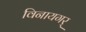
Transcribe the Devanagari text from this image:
विनायगर्